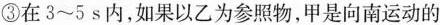
③在3~5s内，如果以工为参照物，甲是向南运动的